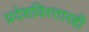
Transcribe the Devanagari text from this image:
प्रदेशविस्तारही